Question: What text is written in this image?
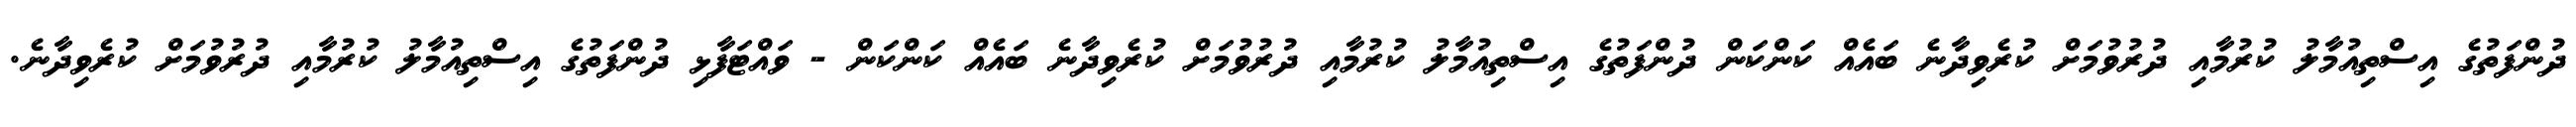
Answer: ދުންފަތުގެ އިސްތިއުމާލު ކުރުމާއި ދުރުވުމަށް ކުރެވިދާނެ ބައެއް ކަންކަން ދުންފަތުގެ އިސްތިއުމާލު ކުރުމާއި ދުރުވުމަށް ކުރެވިދާނެ ބައެއް ކަންކަން - ވައްޓަފާޅި ދުންފަތުގެ އިސްތިއުމާލު ކުރުމާއި ދުރުވުމަށް ކުރެވިދާނެ.